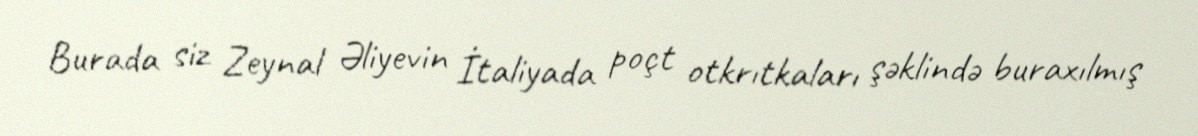
Burada siz Zeynal Əliyevin İtaliyada poçt otkrıtkaları şəklində buraxılmış